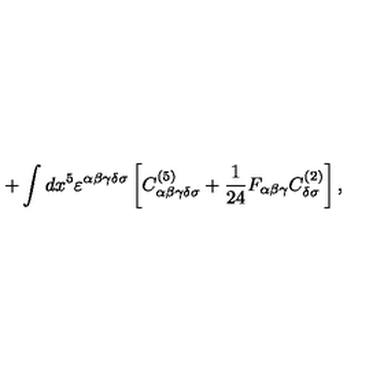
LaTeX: + \int d x ^ { 5 } \varepsilon ^ { \alpha \beta \gamma \delta \sigma } \left[ C _ { \alpha \beta \gamma \delta \sigma } ^ { ( 5 ) } + { \frac { 1 } { 2 4 } } F _ { \alpha \beta \gamma } C _ { \delta \sigma } ^ { ( 2 ) } \right] ,